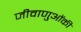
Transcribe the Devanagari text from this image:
जीवाणुओंकी